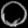
Digit: ၀